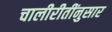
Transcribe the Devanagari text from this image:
चालीरीतींनुसार